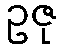
ဥဇု